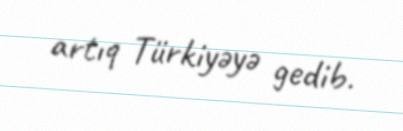
artıq Türkiyəyə gedib.